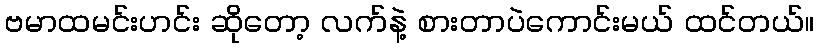
ဗမာထမင်းဟင်း ဆိုတော့ လက်နဲ့ စားတာပဲကောင်းမယ် ထင်တယ်။